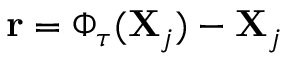
\mathbf { r } = \Phi _ { \tau } ( \mathbf { X } _ { j } ) - \mathbf { X } _ { j }